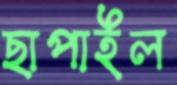
ছাপাইল